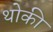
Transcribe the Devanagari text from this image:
थोकी